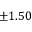
\pm 1 . 5 0